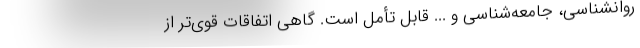
روانشناسی، جامعه‌شناسی و ... قابل تأمل است. گاهی اتفاقات قوی‌تر از